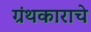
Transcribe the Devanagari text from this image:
ग्रंथकाराचे